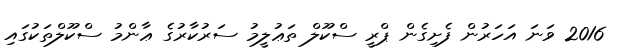
2016 ވަނަ އަހަރުން ފެށިގެން ޕްރީ ސްކޫލް ތަޢުލީމު ސަރުކާރުގެ ޢާންމު ސްކޫލްތަކުގައި